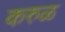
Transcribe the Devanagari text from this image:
करुळ